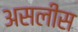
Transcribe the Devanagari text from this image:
असलीस